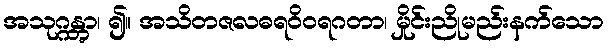
အသုဂ္ဂန္တွာ၊ ၍။ အသိတဇလဓရဝိဝရဂတာ၊ မှိုင်းညိုမည်းနက်သော